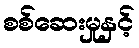
စစ်ဆေးမှုနှင့်